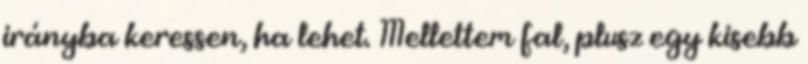
irányba keressen, ha lehet. Mellettem fal, plusz egy kisebb